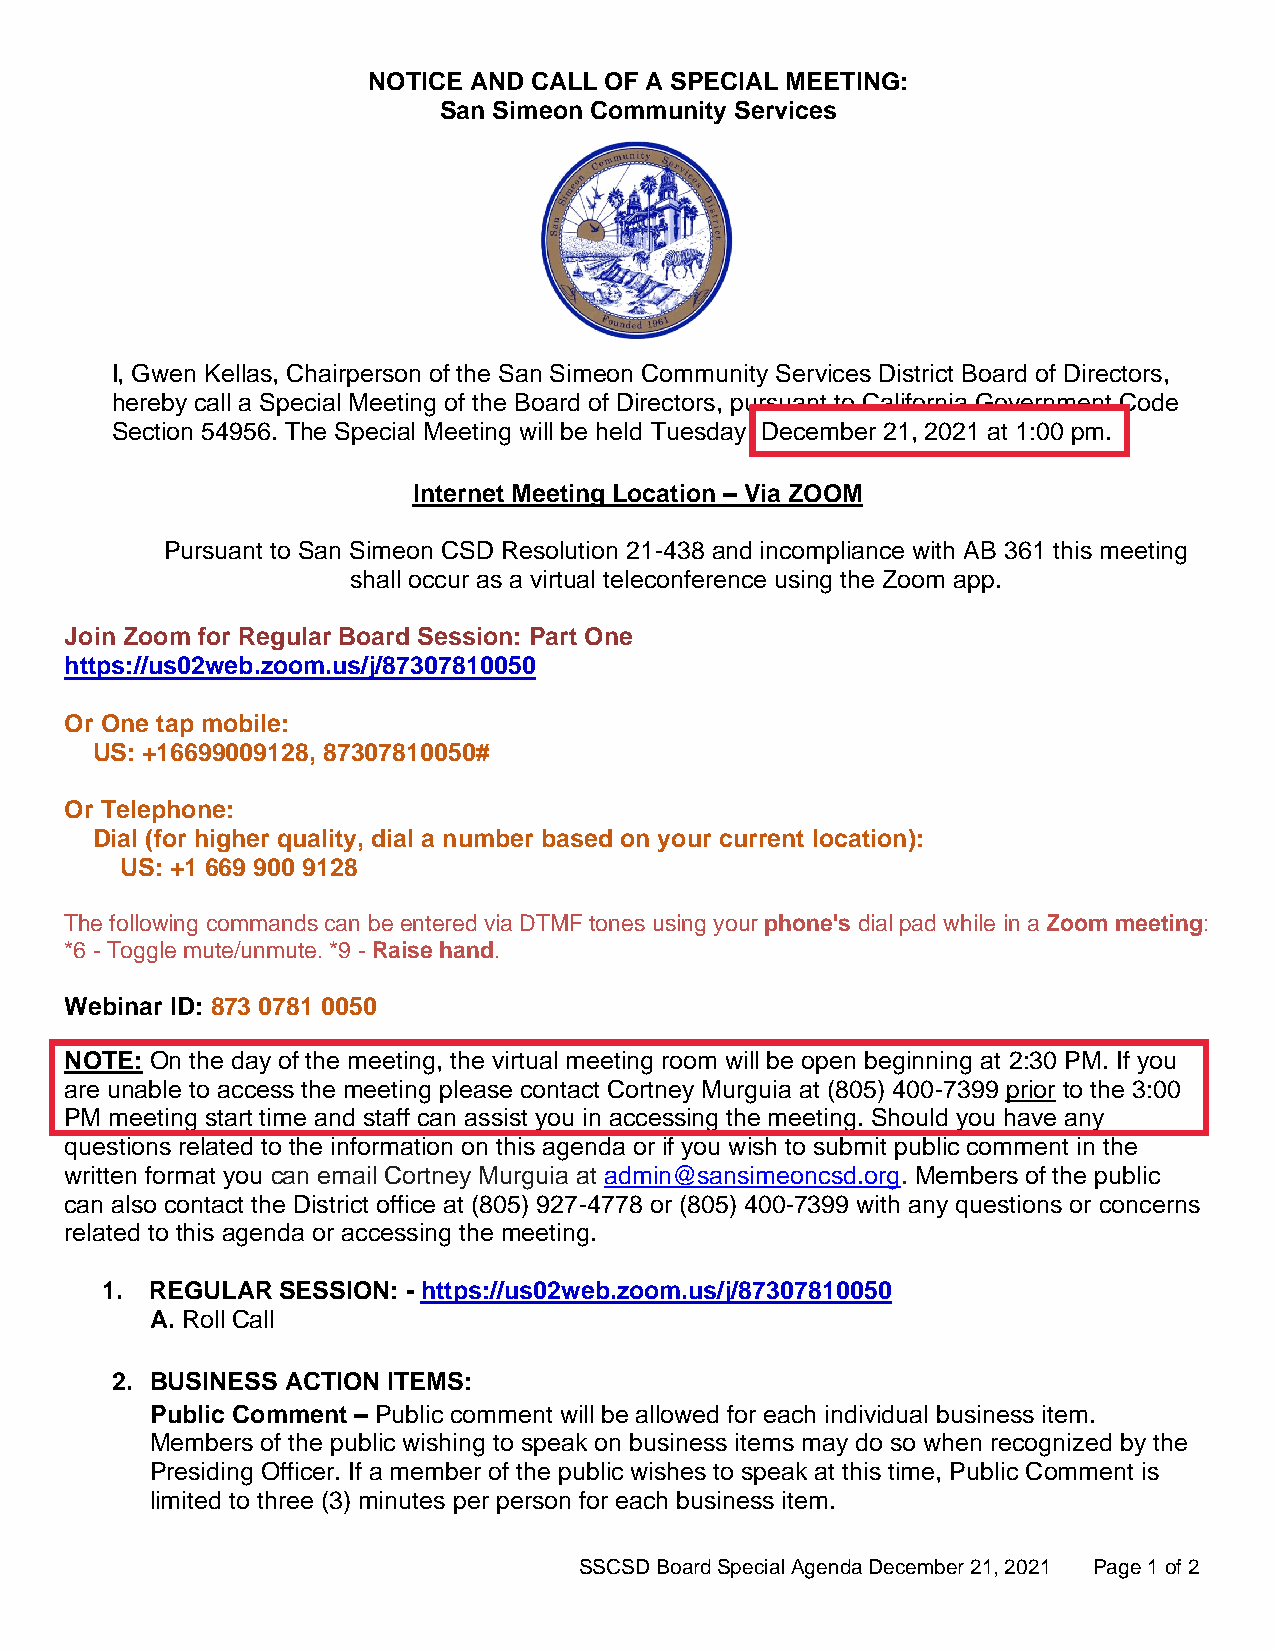
NOTICE AND CALL OF A SPECIAL MEETING:
 San Simeon Community Services
 I, Gwen Kellas, Chairperson of the San Simeon Community Services District Board of Directors,
 hereby call a Special Meeting of the Board of Directors, pursuant to California Government Code
 Section 54956. The Special Meeting will be held Tuesday: December 21, 2021 at 1:00 pm.
 Internet Meeting Location – Via ZOOM
 Pursuant to San Simeon CSD Resolution 21-438 and incompliance with AB 361 this meeting
 shall occur as a virtual teleconference using the Zoom app.
 Join Zoom for Regular Board Session: Part One
 https://us02web.zoom.us/j/87307810050
 Or One tap mobile:
 US: +16699009128, 87307810050#
 Or Telephone:
 Dial (for higher quality, dial a number based on your current location):
 US: +1 669 900 9128
 The following commands can be entered via DTMF tones using your phone's dial pad while in a Zoom meeting:
 *6 - Toggle mute/unmute. *9 - Raise hand.
 Webinar ID: 873 0781 0050
 NOTE: On the day of the meeting, the virtual meeting room will be open beginning at 2:30 PM. If you
 are unable to access the meeting please contact Cortney Murguia at (805) 400-7399 prior to the 3:00
 PM meeting start time and staff can assist you in accessing the meeting. Should you have any
 questions related to the information on this agenda or if you wish to submit public comment in the
 written format you can email Cortney Murguia at admin@sansimeoncsd.org. Members of the public
 can also contact the District office at (805) 927-4778 or (805) 400-7399 with any questions or concerns
 related to this agenda or accessing the meeting.
 1. REGULAR SESSION: - https://us02web.zoom.us/j/87307810050
 A. Roll Call
 2. BUSINESS ACTION ITEMS:
 Public Comment – Public comment will be allowed for each individual business item.
 Members of the public wishing to speak on business items may do so when recognized by the
 Presiding Officer. If a member of the public wishes to speak at this time, Public Comment is
 limited to three (3) minutes per person for each business item.
 SSCSD Board Special Agenda December 21, 2021 Page 1 of 2